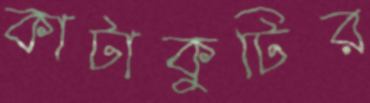
কাটাকুটির